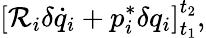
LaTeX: \left[\mathcal{R}_{i}\delta\dot{q}_{i}+p_{i}^{*}\delta{q}_{i}\right]_{t_{1}}^{t_{2}},